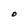
Character: O